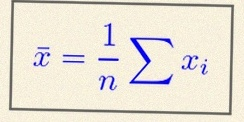
\bar{x}=\frac1n\sum x_i